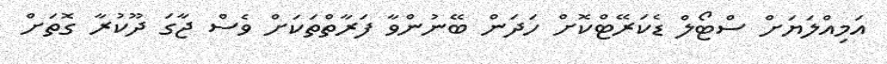
އަމިއްލަޔަށް ސްޓޯލް ޑެކަރޭޓްކޮށް ހަދަން ބޭނުންވާ ފަރާތްތަކަށް ވެސް ޖާގަ ދޫކުރާ ގޮތަށް